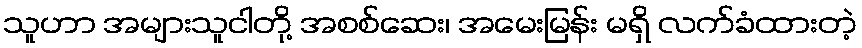
သူဟာ အများသူငါတို့ အစစ်ဆေး၊ အမေးမြန်း မရှိ လက်ခံထားတဲ့